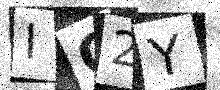
Text: IC2Y